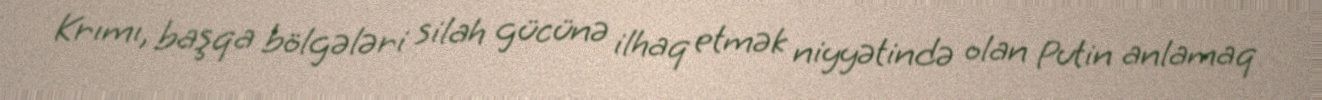
Krımı, başqa bölgələri silah gücünə ilhaq etmək niyyətində olan Putin anlamaq